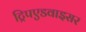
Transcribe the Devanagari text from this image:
ट्रिपएडवाइसर